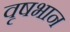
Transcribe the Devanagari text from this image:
वृषभान